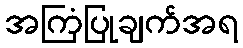
အကြံပြုချက်အရ